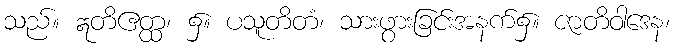
သည်။ ဣတိဧတ္ထ၊ ၌။ ပသူတိတံ၊ သားဖွားခြင်းအနက်၌။ ဇာတိဝါဒေန၊